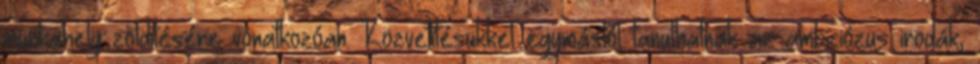
munkahely zöldítésére vonatkozóan. Közvetítésükkel egymástól tanulhatnak az ambiciózus irodák,